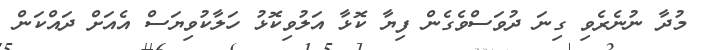
މުދާ ނުނެރެވި ގިނަ ދުވަސްވެގެން ފިޔާ ކޮޅާ އަލުވިކޮޅު ހަލާކުވިޔަސް އެއަށް ދައްކަން